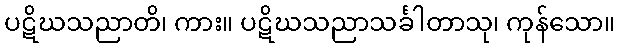
ပဋိဃသညာတိ၊ ကား။ ပဋိဃသညာသင်္ခါတာသု၊ ကုန်သော။